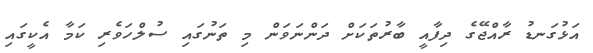
އަޅުގަނޑު ރާއްޖޭގެ ދިފާއީ ބާރުތަކަށް ދަންނަވަން މި ތަނުގައި ސުލްހަވެރި ކަމާ އެކީގައި